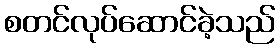
စတင်လုပ်ဆောင်ခဲ့သည်